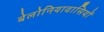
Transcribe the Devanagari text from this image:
बेलोनियावासियों